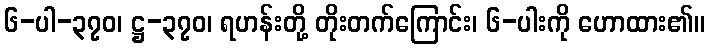
၆-ပါ-၃၇၀၊ ဋ္ဌ-၃၇၀၊ ရဟန်းတို့ တိုးတက်ကြောင်း၊ ၆-ပါးကို ဟောထား၏။